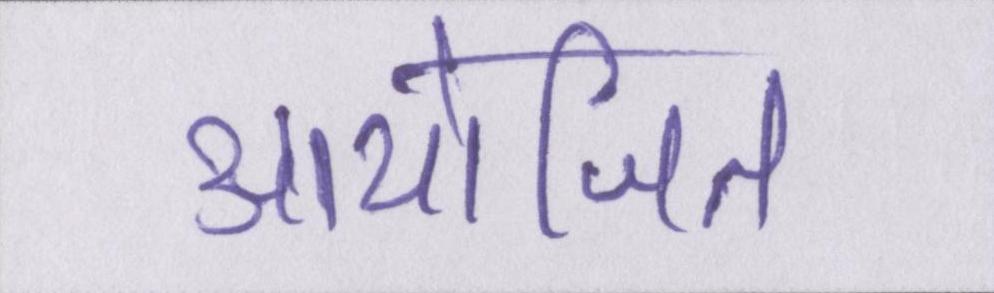
आयोजित